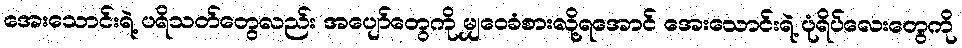
အေးသောင်းရဲ့ ပရိသတ်တွေလည်း အပျော်တွေကို မျှဝေခံစားလို့ရအောင် အေးသောင်းရဲ့ ပုံရိပ်လေးတွေကို